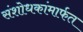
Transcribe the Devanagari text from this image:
संशोधकांमार्फत